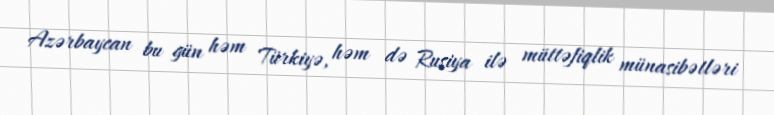
Azərbaycan bu gün həm Türkiyə, həm də Rusiya ilə müttəfiqlik münasibətləri